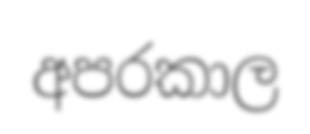
අපරකාල